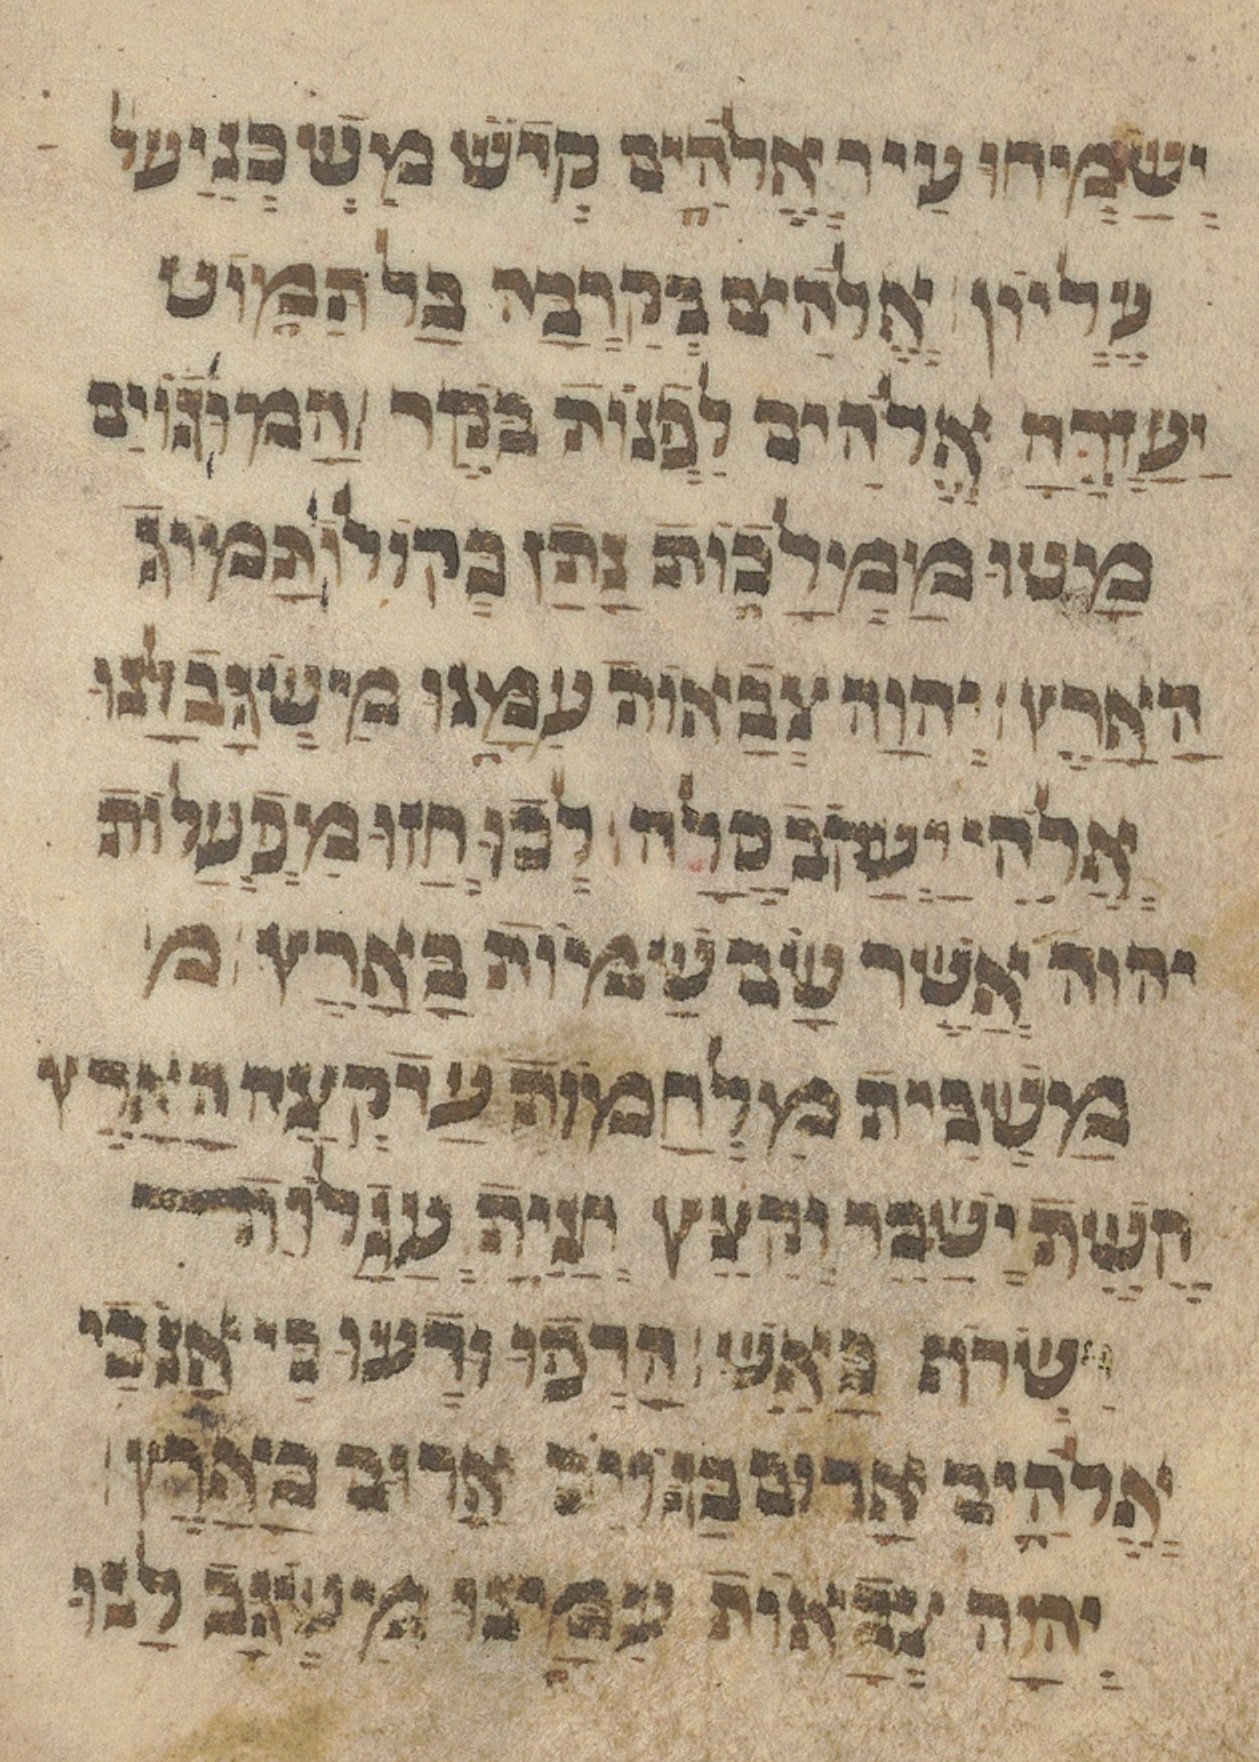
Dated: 1433–1433